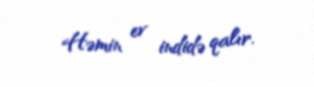
Həmin ev indidə qalır.